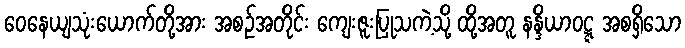
ဝေနေယျသုံးယောက်တို့အား အစဉ်အတိုင်း ကျေးဇူးပြုသကဲ့သို့ ထို့အတူ နန္ဒိယာဝဋ္ဋ အစရှိသော